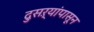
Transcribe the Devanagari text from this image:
दुसऱ्यांपासून